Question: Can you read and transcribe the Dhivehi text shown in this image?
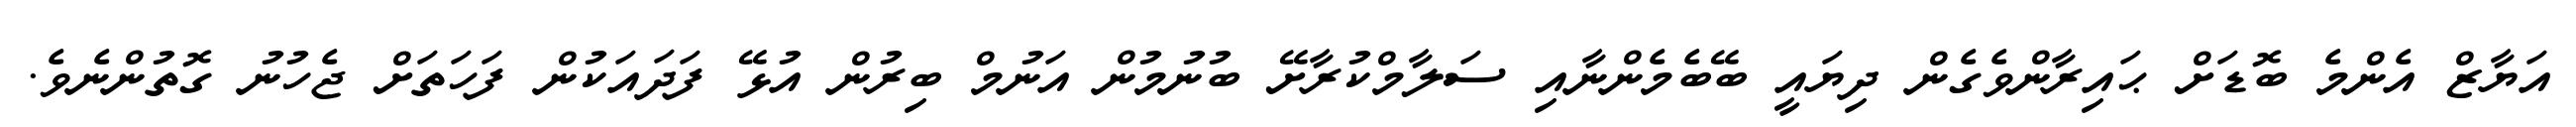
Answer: އަޔާޒް އެންމެ ބޮޑަށް ޙައިރާންވެގެން ދިޔައީ ބޭބެމެންނާއި ސަލާމްކުރާށޭ ބުނުމުން އަނުމް ބިރުން އުޅޭ ފަދައަކުން ފަހަތަށް ޖެހުނު ގޮތުންނެވެ.